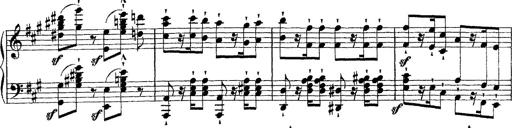
Title: Grande fantasie di bravura sur La clochette
Composer: Franz Liszt
Key: A minor